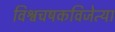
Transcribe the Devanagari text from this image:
विश्वचषकविजेत्या